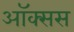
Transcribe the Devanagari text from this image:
ऑक्सस